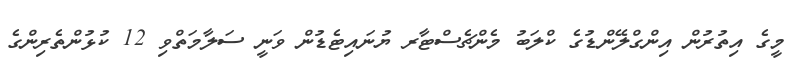
މީގެ އިތުރުން އިންގްލޭންޑުގެ ކްލަބު މެންޗެސްޓާރ ޔުނައިޓެޑުން ވަނީ ސަލާމަތްވި 12 ކުޅުންތެރިންގެ